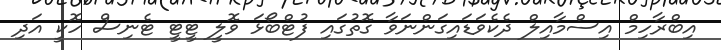
އިބްރާހިމް އިސްމާއިލް ދެކެވަޑައިގަންނަވާ ގޮތުގައި ފުޓްބޯޅަ ވޮލީ ޓީޓީ ޓެނިސް ހޮކީ އަދި